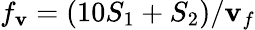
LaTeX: f_{\mathbf{v}}=(10S_{1}+S_{2})/\mathbf{v}_{f}